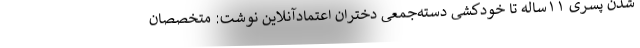
شدن پسری ۱۱ساله تا خودکشی دسته‌جمعی دختران اعتمادآنلاین نوشت: متخصصان